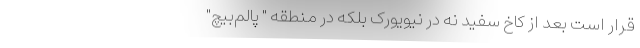
قرار است بعد از کاخ سفید نه در نیویورک بلکه در منطقه " پالم‌بیچ"